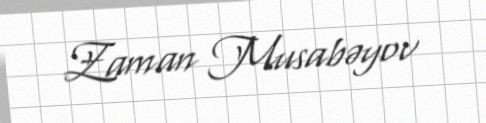
Zaman Musabəyov